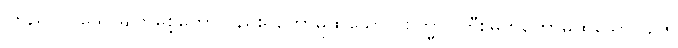
ကြည်လင်သောမျက်စေ့တော်လည်းရှိတော်မူထသော။ ဗြဟ္မာ၊ ကြီးမြတ်တော်မူထသော။ ဥဇူ၊